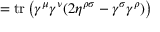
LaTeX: = \operatorname { t r } \left( \gamma ^ { \mu } \gamma ^ { \nu } ( 2 \eta ^ { \rho \sigma } - \gamma ^ { \sigma } \gamma ^ { \rho } ) \right)